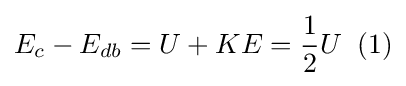
E_{c}-E_{db}=U+KE={\frac {1}{2}}U\;\;(1)